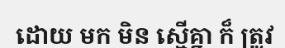
ដោយ មក មិន ស្មើគ្នា ក៏ ត្រូវ